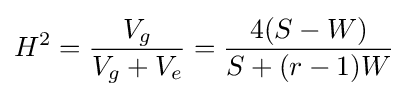
H^{2}={\frac {V_{g}}{V_{g}+V_{e}}}={\frac {4(S-W)}{S+(r-1)W}}